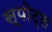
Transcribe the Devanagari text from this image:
स्‍पोट्स